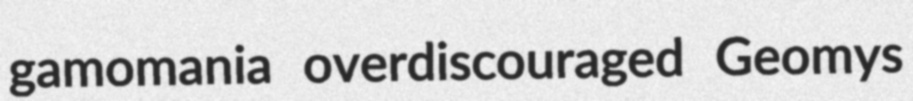
gamomania overdiscouraged Geomys